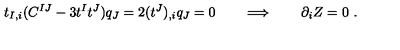
t _ { I , i } ( C ^ { I J } - 3 t ^ { I } t ^ { J } ) q _ { J } = 2 ( t ^ { J } ) _ { , i } q _ { J } = 0 \qquad \Longrightarrow \qquad \partial _ { i } Z = 0 \ .